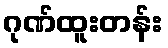
ဂုဏ်ထူးတန်း